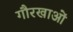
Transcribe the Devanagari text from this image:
गौरखाओं